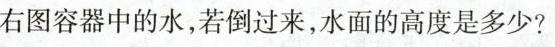
右图容器中的水，若倒过来，水面的高度是多少?